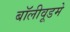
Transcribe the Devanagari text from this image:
बॉलीवूडमे